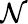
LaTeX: {\cal\mathcal{N}}